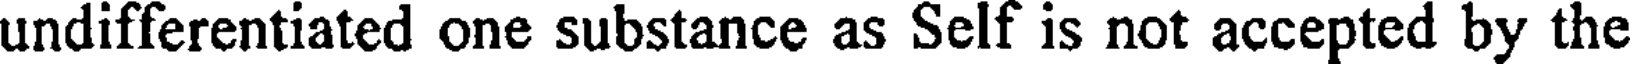
undifferentiated one substance as Self is not accepted by the